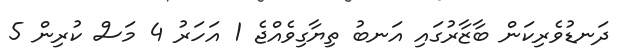
ދަނޑުވެރިކަން ބާޒާރުގައި އަނބު ތިޔާގިވެއްޖެ 1 އަހަރު 4 މަސް ކުރިން 5